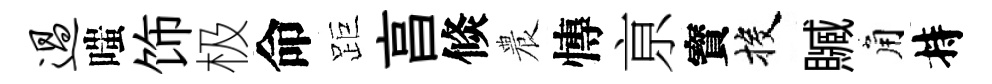
过嗤饰极命距亯倐農慱亰寳投贓角持